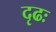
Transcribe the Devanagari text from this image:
दृढः